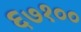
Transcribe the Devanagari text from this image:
६७१००